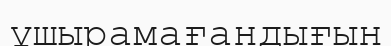
ұшырамағандығын